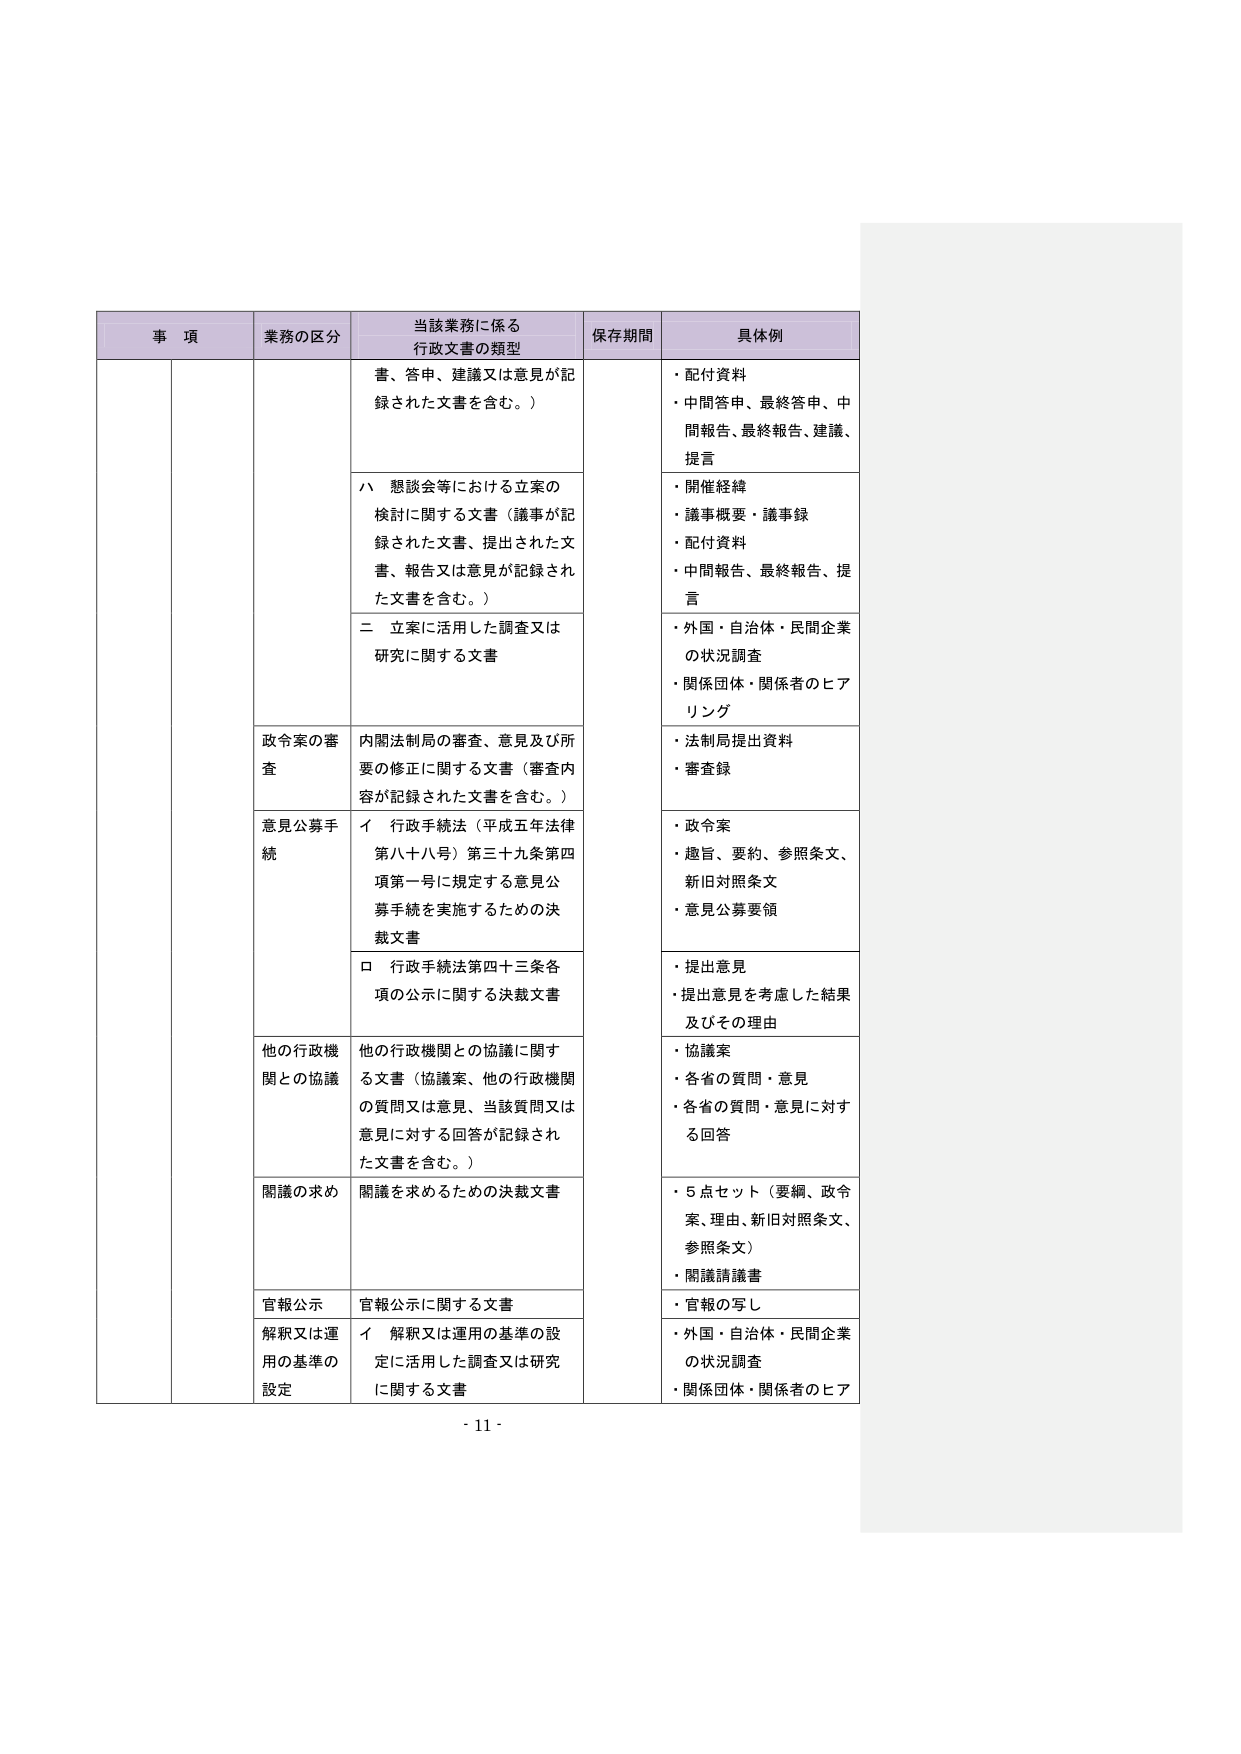
事 項 業務の区分 当該業務に係る 行政文書の類型 保存期間 具体例 書、答申、建議又は意見が記 録された文書を含む。） ・配付資料 ・中間答申、最終答申、中 間報告、最終報告、建議、 提言 ハ 懇談会等における立案の 検討に関する文書（議事が記 録された文書、提出された文 書、報告又は意見が記録され た文書を含む。） ・開催経緯 ・議事概要・議事録 ・配付資料 ・中間報告、最終報告、提 言 二 立案に活用した調査又は 研究に関する文書 ・外国・自治体・民間企業 の状況調査 ・関係団体・関係者のヒア リング 政令案の審 査 内閣法制局の審査、意見及び所 要の修正に関する文書（審査内 容が記録された文書を含む。） ・法制局提出資料 ・審査録 意見公募手 続 イ 行政手続法（平成五年法律 第八十八号）第三十九条第四 項第一号に規定する意見公 募手続を実施するための決 裁文書 ・政令案 ・趣旨、要約、参照条文、 新旧対照条文 ・意見公募要領 ロ 行政手続法第四十三条各 項の公示に関する決裁文書 ・提出意見 ・提出意見を考慮した結果 及びその理由 他の行政機 関との協議 他の行政機関との協議に関す る文書（協議案、他の行政機関 の質問又は意見、当該質問又は 意見に対する回答が記録され た文書を含む。） ・協議案 ・各省の質問・意見 ・各省の質問・意見に対す る回答 関議の求め 関議を求めるための決裁文書 ・5点セット（要綱、政令 案、理由、新旧対照条文、 参照条文） ・関議請議書 官報公示 官報公示に関する文書 ・官報の写し 解釈又は運 用の基準の 設定 イ 解釈又は運用の基準の設 定に活用した調査又は研究 に関する文書 ・外国・自治体・民間企業 の状況調査 ・関係団体・関係者のヒア - 11 -